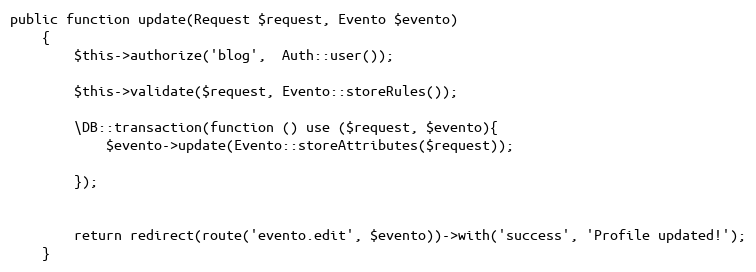
Language: PHP
public function update(Request $request, Evento $evento)
	{
		$this->authorize('blog',  Auth::user());

		$this->validate($request, Evento::storeRules());

		\DB::transaction(function () use ($request, $evento){
			$evento->update(Evento::storeAttributes($request));

		});

		return redirect(route('evento.edit', $evento))->with('success', 'Profile updated!');
	}